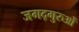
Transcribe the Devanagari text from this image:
जगद्गुरुओं